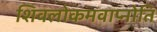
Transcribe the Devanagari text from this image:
शिवलोकमवाप्नोति